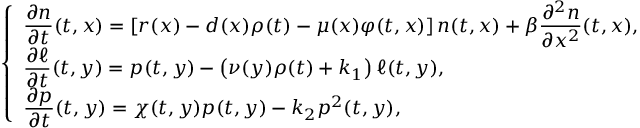
\left\{ \begin{array} { l l } { \displaystyle \frac { \partial n } { \partial t } ( t , x ) = \left[ r ( x ) - d ( x ) \rho ( t ) - \mu ( x ) \varphi ( t , x ) \right] n ( t , x ) + \beta \frac { \partial ^ { 2 } n } { \partial x ^ { 2 } } ( t , x ) , } & \\ { \displaystyle \frac { \partial \ell } { \partial t } ( t , y ) = p ( t , y ) - \left( \nu ( y ) \rho ( t ) + k _ { 1 } \right) \ell ( t , y ) , } & \\ { \displaystyle \frac { \partial p } { \partial t } ( t , y ) = \chi ( t , y ) p ( t , y ) - k _ { 2 } p ^ { 2 } ( t , y ) , } \end{array} \right.